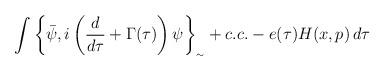
LaTeX: \begin{align*}\int_{}^{}{\left\{ \bar{\psi },i\left( \frac{d}{d\tau}+\Gamma(\tau )\right)\psi \right\}_{_{\sim}}+c.c.-e(\tau )H(x,p)\,d\tau }\end{align*}